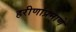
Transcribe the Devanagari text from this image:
हरीणांप्रमाणे